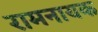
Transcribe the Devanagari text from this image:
रामनायक